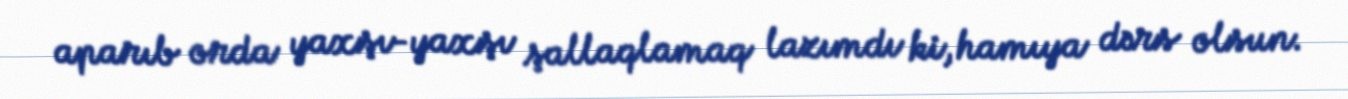
aparıb orda yaxşı-yaxşı şallaqlamaq lazımdı ki, hamıya dərs olsun.